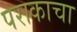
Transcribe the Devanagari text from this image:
पराकाचा